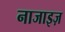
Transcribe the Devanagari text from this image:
नाजाइज़